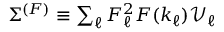
\begin{array} { r } { \Sigma ^ { ( F ) } \equiv \sum _ { \ell } F _ { \ell } ^ { 2 } F ( k _ { \ell } ) \mathcal { V } _ { \ell } } \end{array}